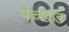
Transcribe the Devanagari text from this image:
पंच्खंड